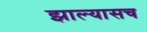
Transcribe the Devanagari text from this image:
झाल्यासच